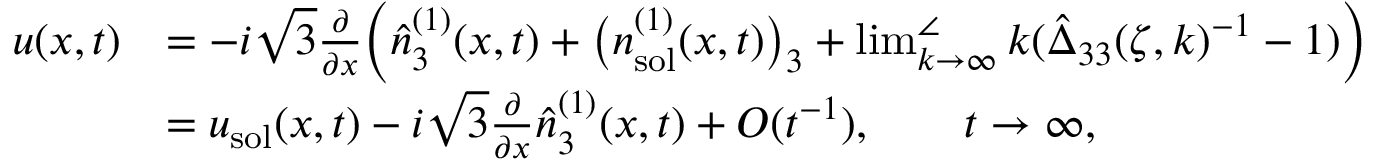
\begin{array} { r l } { u ( x , t ) } & { = - i \sqrt { 3 } \frac { \partial } { \partial x } \bigg ( \hat { n } _ { 3 } ^ { ( 1 ) } ( x , t ) + \big ( n _ { \mathrm { s o l } } ^ { ( 1 ) } ( x , t ) \big ) _ { 3 } + \operatorname* { l i m } _ { k \to \infty } ^ { \angle } k ( \hat { \Delta } _ { 3 3 } ( \zeta , k ) ^ { - 1 } - 1 ) \bigg ) } \\ & { = u _ { \mathrm { s o l } } ( x , t ) - i \sqrt { 3 } \frac { \partial } { \partial x } \hat { n } _ { 3 } ^ { ( 1 ) } ( x , t ) + O ( t ^ { - 1 } ) , \qquad t \to \infty , } \end{array}